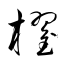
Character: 櫂